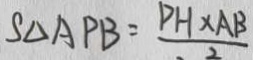
S _ { \Delta A P B } = \frac { P H \times A B } { 2 }